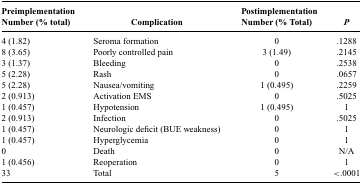
<table><thead><tr><td><b>Preimplementation Number (% total)</b></td><td><b>Complication</b></td><td><b>Postimplementation Number (% Total)</b></td><td><b><i>P</i></b></td></tr></thead><tbody><tr><td>4 (1.82)</td><td>Seroma formation</td><td>0</td><td>.1288</td></tr><tr><td>8 (3.65)</td><td>Poorly controlled pain</td><td>3 (1.49)</td><td>.2145</td></tr><tr><td>3 (1.37)</td><td>Bleeding</td><td>0</td><td>.2538</td></tr><tr><td>5 (2.28)</td><td>Rash</td><td>0</td><td>.0657</td></tr><tr><td>5 (2.28)</td><td>Nausea/vomiting</td><td>1 (0.495)</td><td>.2259</td></tr><tr><td>2 (0.913)</td><td>Activation EMS</td><td>0</td><td>.5025</td></tr><tr><td>1 (0.457)</td><td>Hypotension</td><td>1 (0.495)</td><td>1</td></tr><tr><td>2 (0.913)</td><td>Infection</td><td>0</td><td>.5025</td></tr><tr><td>1 (0.457)</td><td>Neurologic deficit (BUE weakness)</td><td>0</td><td>1</td></tr><tr><td>1 (0.457)</td><td>Hyperglycemia</td><td>0</td><td>1</td></tr><tr><td>0</td><td>Death</td><td>0</td><td>N/A</td></tr><tr><td>1 (0.456)</td><td>Reoperation</td><td>0</td><td>1</td></tr><tr><td>33</td><td>Total</td><td>5</td><td>&lt;.0001</td></tr></tbody></table>